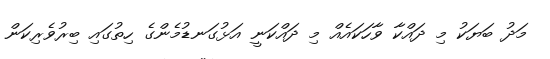
މަދު ބަޔަކު މި ދައްކާ ވާހަކައެއް މި ދައްކަނީ އަޅުގަނޑުމެންގެ ހިތުގައި ބިރުވެރިކަން